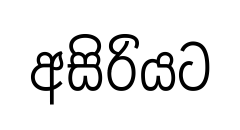
අසිරියට